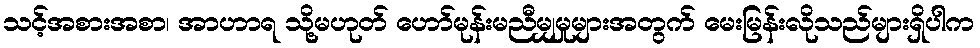
သင့်အစားအစာ၊ အာဟာရ သို့မဟုတ် ဟော်မုန်းမညီမျှမှုများအတွက် မေးမြန်းလိုသည်များရှိပါက